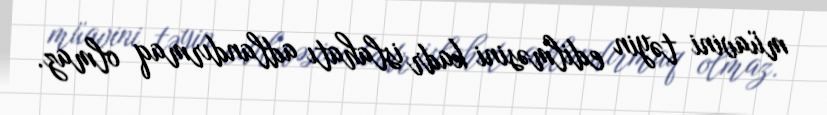
müavini təyin edilməsini kadr islahatı adlandırmaq olmaz.